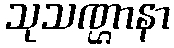
သုသဏ္ဌာနာ